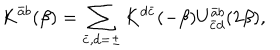
K ^ { \bar { a } b } ( \beta ) = \sum _ { \bar { c } , d = \pm } K ^ { d \bar { c } } ( - \beta ) U _ { \bar { c } d } ^ { \bar { a } b } ( 2 \beta ) ,